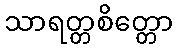
သာရတ္တစိတ္တော